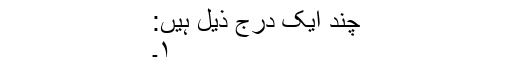
چند ایک درج ذیل ہیں:
۱۔